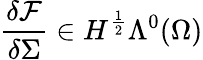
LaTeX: \frac{\delta\mathcal{F}}{\delta\Sigma}\in H^{\frac{1}{2}}\Lambda^{0}(\Omega)